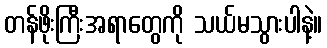
တန်ဖိုးကြီးအရာတွေကို သယ်မသွားပါနဲ့။